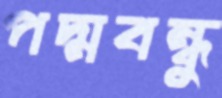
পদ্মবন্ধু